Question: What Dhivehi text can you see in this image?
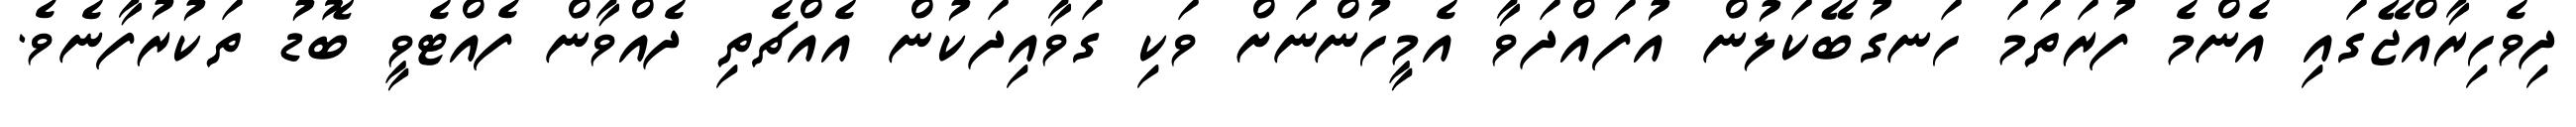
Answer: ދިވެހިރާއްޖޭގައި އެންމެ ފުރަތަމަ ހަނގުބޭކަލުން އުފައްދަވާ އެމީހުންނަށް ވަކި ގަވާއިދަކުން އެއްޗެތި ދެއްވާން ފެއްޓެވީ ބޮޑު ތަކުރުފާނެވެ.